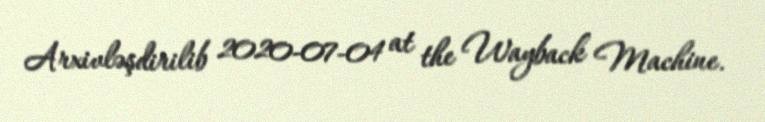
Arxivləşdirilib 2020-07-04 at the Wayback Machine.